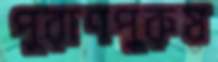
পুরাণপুরুষ